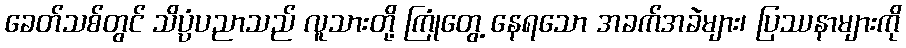
ခေတ်သစ်တွင် သိပ္ပံပညာသည် လူသားတို့ ကြုံတွေ့ နေရသော အခက်အခဲများ၊ ပြဿနာများကို